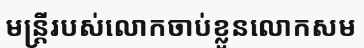
មន្ត្រីរបស់លោកចាប់ខ្លួនលោកសម